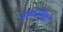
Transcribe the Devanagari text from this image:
खानतीच्या